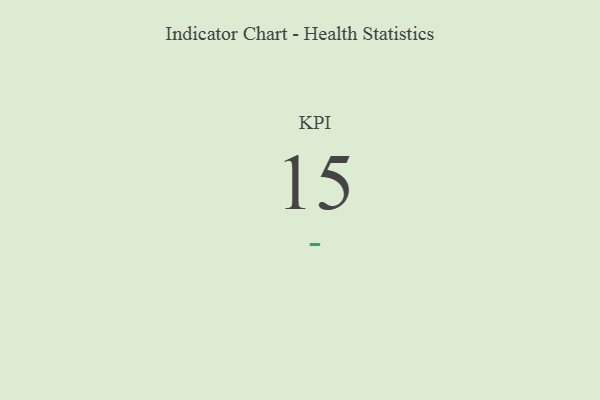
{"axis": {"x": "KPI", "y": "Value"}, "legend": [""], "data": [{"x": "KPI", "y": 15, "type": ""}]}